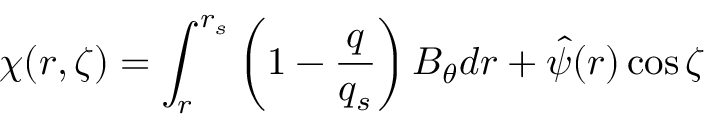
\chi ( r , \zeta ) = \int _ { r } ^ { r _ { s } } \left( 1 - \frac { q } { q _ { s } } \right) B _ { \theta } d r + \hat { \psi } ( r ) \cos { \zeta }